Medical and sanitary report of the native army of Bengal for the year
Year: 1875
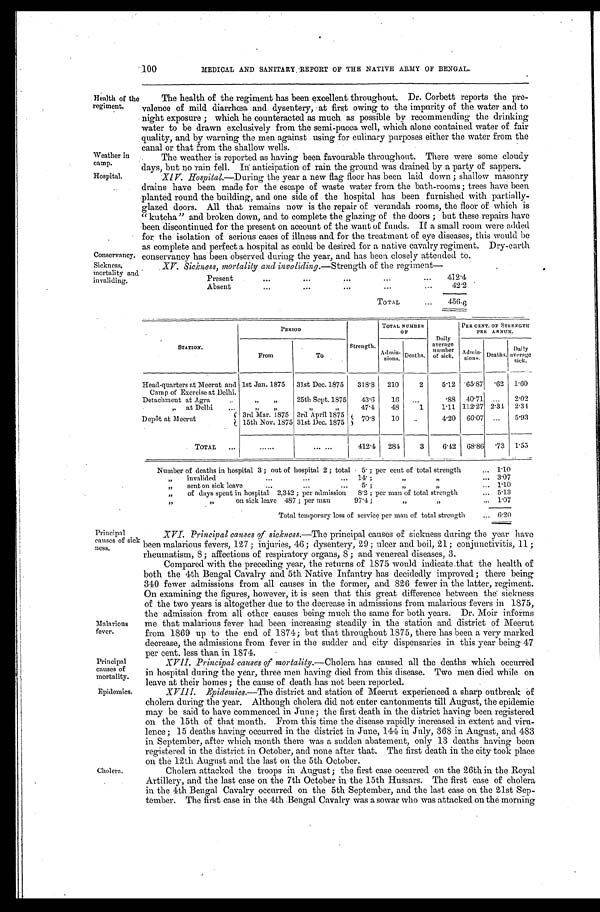
Weather in
camp.
Hospital.
XV. Sickness, mortality and invaliding.—Strength of the regiment—
Present . . .
412.4
Absent . . .
42.2
TOTAL . . .
4 5 6 . 6
Sickness,
mortality and
invaliding.
Principal
causes of
mortality.
Epidemics.
100
MEDICAL AND SANITARY REPORT OF THE NATIVE ARMY OF BENGAL.
Health of the
regiment.
Conservaney.
The health of the regiment has been excellent throughout. Dr. Corbett reports the pre
-
valence of mild diarrhoea and dysentery, at first owing to the impurity of the water and to
night exposure ; which he counteracted as much as possible by recommending the drinking
water to be drawn exclusively from the semi-pucca well, which alone contained water of fair
quality, and by warning the men against using for culinary purposes either the water from the
canal or that from the shallow wells.
The weather is reported as having been favourable throughout. There were some cloudy
days, but no rain fell. In anticipation of rain the ground wag drained by a party of sappers.
XIV. Hospital.— During the year a new flag floor has been laid down ; shallow masonry
drains have been made for the escape of waste water from the bath-rooms ; trees have been
planted round the building, and one side of the hospital has been furnished with partially
-
glazed doors. All that remains now is the repair of verandah rooms, the floor of which is
"kutcha" and broken down, and to complete the glazing of the doors ; but these repairs have
been discontinued for the present on account of the want of funds. If a small room were added
for the isolation of serious cases of illness and for the treatment of eye diseases, this would be
a s c o m p l e t e a n d p e r f e c t a h o s p i t a l a s c o u l d b e d e s i r e d f o r a n a t i v e c a v a l r y r e g i m e n t . D r y - e a r t h
conservancy has been observed during the year, and has been closely attended to.
STATION.
PERIOD
Strength.
TOTAL NUMBER
O F
Daily
average
number
of sick.
PER CENT OF STRENGTH
PER ANNUM.
From
To
A d m i s - s i o n s Deaths.
A d m i s - s i o n s . Deaths.
Daily
average
sick.
Head-quarters at Meerut and
Camp of Exercise at Delhi.
1st Jan. 1875
31st Dec. 1875
318.8
210
2
5.12 65.87
. 6 2 1.60
Detachment at Agra . . .
" "
25th Sept. 1875
43.6
16
. . .
.88 40.71 . . .
2.02
" at Delhi . . .
" "
" "
47.4
48
1
1.11 112.27 2.34 2.34
De pôt at Meerut
3rd Mar. 1875 3rd April 1875 7 0 . 8
10
. . .
4.20 66.07 . . .
5.93
15th Nov. 1875 31st Dec. 1875
TOTAL . . .
. . .
. . . 412.4 284
3
6.42 68.86
.73 1.55
Number of deaths in hospital 3 ; out of hospital 2 ; total 5. ; per cent of total strength . . . 1.10
" invalided . . . 14. ; " " . . . 3.07
" sent on sick leave . . . 5. ; " " . . . 1.10
" of days spent in hospital 2,342 ; per admission 8.2 ; per man of total strength . . . 5.13
" " on sick leave 487 ; per man 97.4 ; " " . . . 1.07
Total temporary loss of service per man of total strength . . . 6.20
Principal
causes of sick
ness.
Malarious
fever.
Cholera.
XVI. Principal causes of sickness.— The principal causes of sickness during the year have
been malarious fevers, 127; injuries, 46; dysentery, 29; ulcer and boil, 21; conjunctivitis, 11 ;
rheumatism, 8; affections of respiratory organs, 8 ; and venereal diseases, 3.
Compared with the preceding year, the returns of 1875 would indicate that the health of
both the 4th Bengal Cavalry and 5th Native Infantry has decidedly, improved ; there being
340 fewer admissions from all causes in the former, and 826 fewer in the latter, regiment.
On examining the figures, however, it is seen that this great difference between the sickness
of the two years is altogether due to the decrease in admissions from malarious fevers in 1875,
the admission from all other causes being much the same for both years. Dr. Moir informs
me that malarious fever had been increasing steadily in the station and district of Meerut
from 1869 up to the end of 1874; but that throughout 1875, there has been a very marked
decrease, the admissions from fever in the sudder and city dispensaries in this year being 47
per cent . l es s t han i n 1874.
XVII. Principal causes of mortality.— Cholera has caused all the deaths which occurrèd
in hospital during the year, three men having died from this disease. Two men died while on
leave at their homes : the cause of death has not been reported.
X V I I I . E p i d e m i c s . —
T h e d i s t r i c t a n d s t a t i o n o f M e e r u t e x p e r i e n c e d a s h a r p o u t b r e a k o f
cholera during the year. Although cholera did not enter cantonments till August, the epidemic
may be said to have commenced in June; the first death in the district having been registered
on the 15th of that month. From this time the disease rapidly increased in extent and viru
-
lence; 15 deaths having occurred in the district in June, 144 in July, 368 in August, and 483
in September, after which month there was a sudden abatement, only 13 deaths having been
registered in the district in October, and none after that. The first death in the city took place
on the 12th August and the last on the 5th October.
Cholera attacked the troops in August; the first case occurred on the 26th in the Royal
Artillery, and the last case on the 7th October in the 15th Hussars. The first case of cholera
in the 4th Bengal Cavalry occurred on the 5th September, and the last case on the 21st Sep
-
tember. The first case in the 4th Bengal Cavalry was a sowar who was attacked on the morning